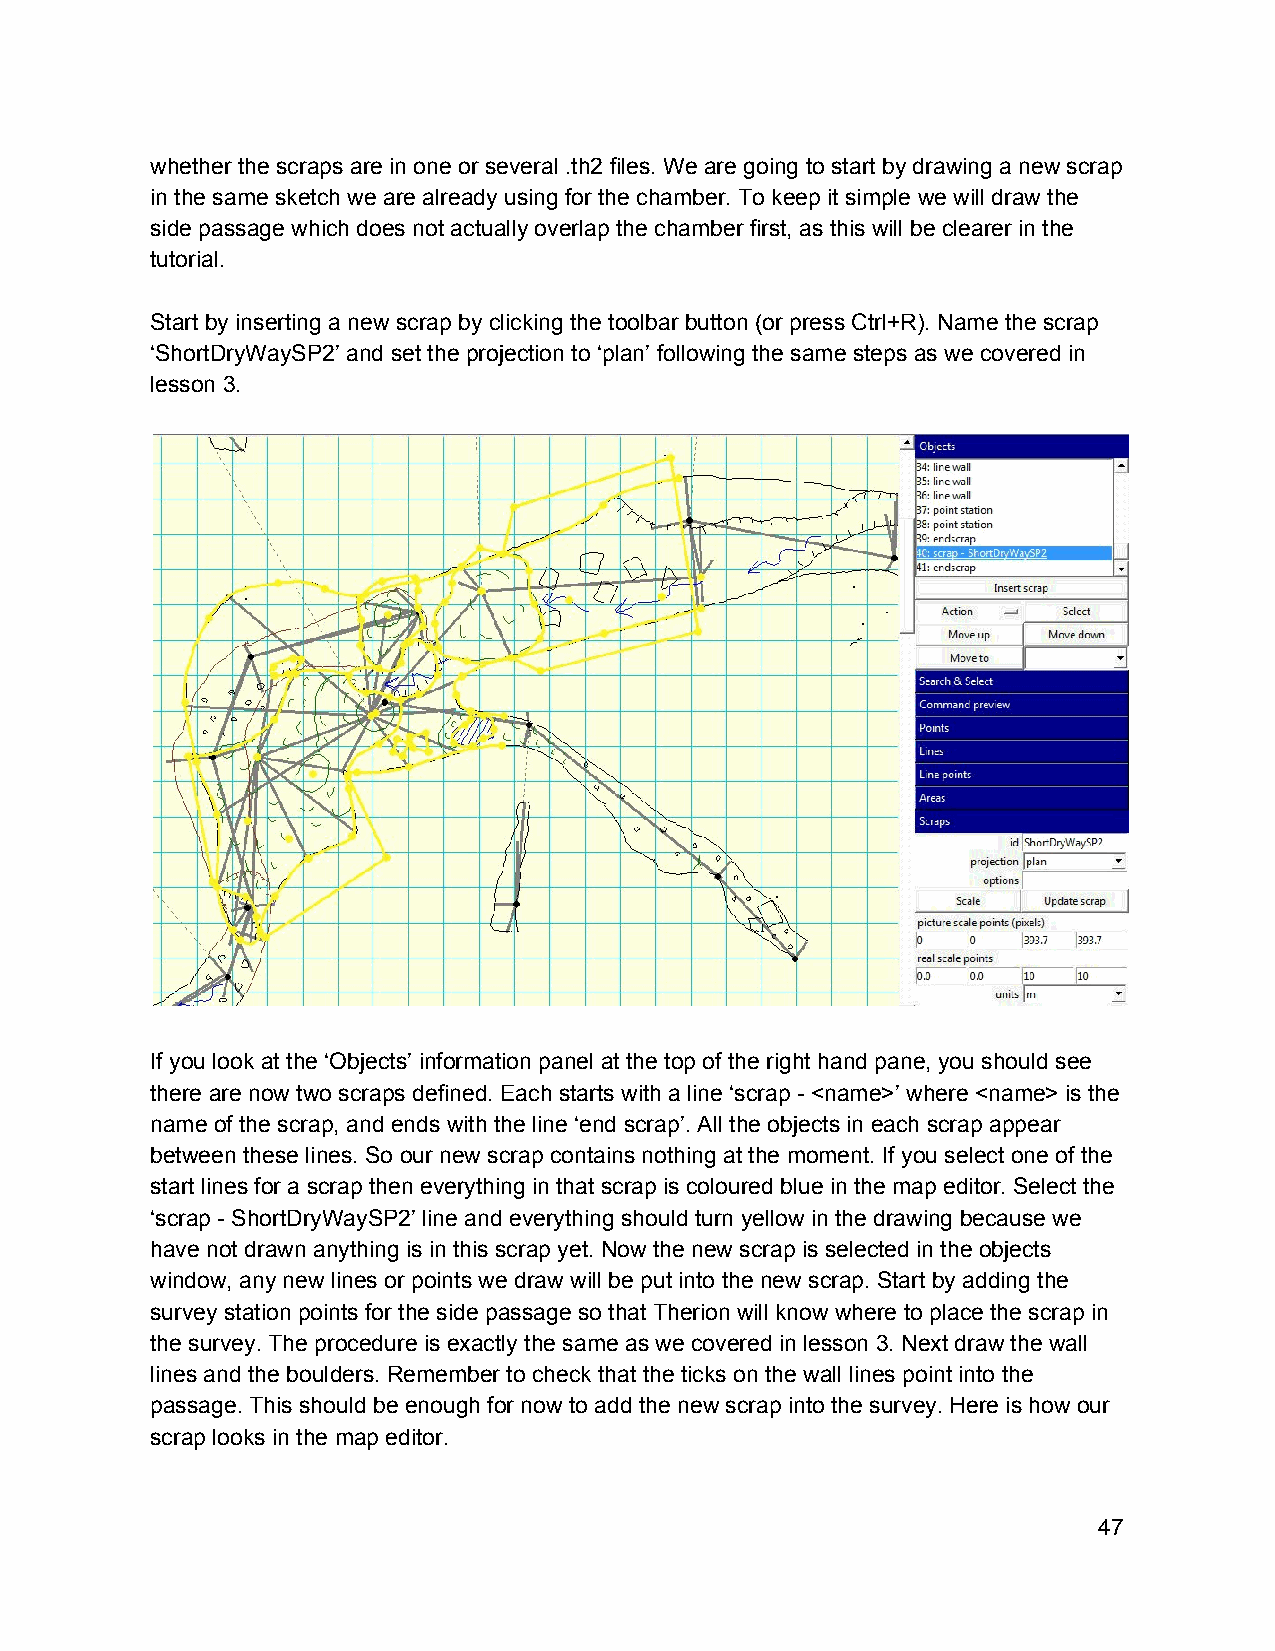
whether the scraps are in one or several .th2 files. We are going to start by drawing a new scrap
 in the same sketch we are already using for the chamber. To keep it simple we will draw the
 side passage which does not actually overlap the chamber first, as this will be clearer in the
 tutorial.
 Start by inserting a new scrap by clicking the toolbar button (or press Ctrl+R). Name the scrap
 ‘ShortDryWaySP2’ and set the projection to ‘plan’ following the same steps as we covered in
 lesson 3.
 If you look at the ‘Objects’ information panel at the top of the right hand pane, you should see
 there are now two scraps defined. Each starts with a line ‘scrap ­ <name>’ where <name> is the
 name of the scrap, and ends with the line ‘end scrap’. All the objects in each scrap appear
 between these lines. So our new scrap contains nothing at the moment. If you select one of the
 start lines for a scrap then everything in that scrap is coloured blue in the map editor. Select the
 ‘scrap ­ ShortDryWaySP2’ line and everything should turn yellow in the drawing because we
 have not drawn anything is in this scrap yet. Now the new scrap is selected in the objects
 window, any new lines or points we draw will be put into the new scrap. Start by adding the
 survey station points for the side passage so that Therion will know where to place the scrap in
 the survey. The procedure is exactly the same as we covered in lesson 3. Next draw the wall
 lines and the boulders. Remember to check that the ticks on the wall lines point into the
 passage. This should be enough for now to add the new scrap into the survey. Here is how our
 scrap looks in the map editor.
 47